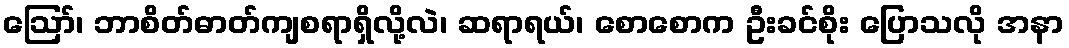
ဪ၊ ဘာစိတ်ဓာတ်ကျစရာရှိလို့လဲ၊ ဆရာရယ်၊ စောစောက ဦးခင်စိုး ပြောသလို အနာ